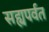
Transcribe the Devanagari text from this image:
सह्यपर्वत